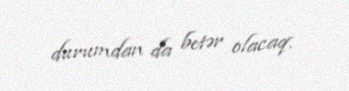
durumdan da betər olacaq.